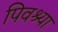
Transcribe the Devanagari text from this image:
पिवश्या